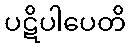
ပဋိပါပေတိ